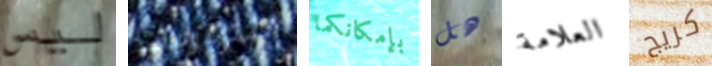
ليس الدوريات بإمكانكما هل العلامة كريج